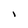
Character: l